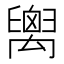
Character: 𥝈